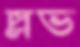
স্লাভ